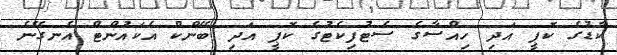
ކާޑުގެ ކޮޕީ އަދި ހިއްސާގެ ސެޓުފިކެޓުގެ ކޮޕީ އަދި ބޭންކް އެކައުންޓް އެނގޭނެ